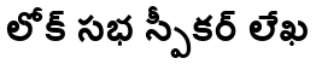
లోక్ సభ స్పీకర్ లేఖ